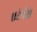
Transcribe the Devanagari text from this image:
एटेर्नस